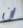
ان